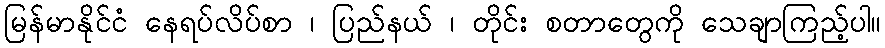
မြန်မာနိုင်ငံ နေရပ်လိပ်စာ ၊ ပြည်နယ် ၊ တိုင်း စတာတွေကို သေချာကြည့်ပါ။